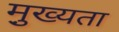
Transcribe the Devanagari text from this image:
मु़ख्यता